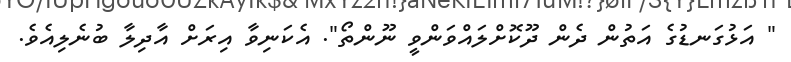
" އަޅުގަނޑުގެ އަތުން ދެން ދޫކޮށްލައްވަންވީ ނޫންތޯ". އެކަނިވާ އިރަށް އާދިލާ ބުނެލިއެވެ.